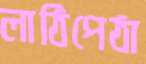
লাঠিপেঠা